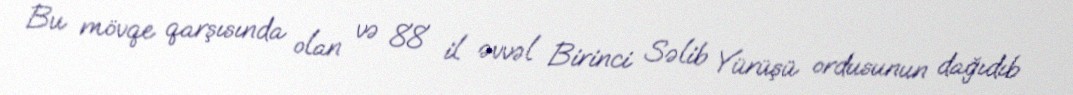
Bu mövqe qarşısında olan və 88 il əvvəl Birinci Səlib Yürüşü ordusunun dağıdıb